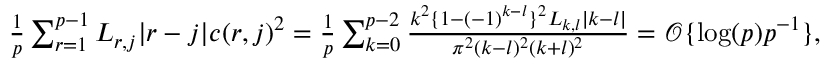
\begin{array} { r l } & { \frac { 1 } { p } \sum _ { r = 1 } ^ { p - 1 } L _ { r , j } | r - j | c ( r , j ) ^ { 2 } = \frac { 1 } { p } \sum _ { k = 0 } ^ { p - 2 } \frac { k ^ { 2 } \{ 1 { - } ( - 1 ) ^ { k - l } \} ^ { 2 } L _ { k , l } | k - l | } { \pi ^ { 2 } ( k - l ) ^ { 2 } ( k + l ) ^ { 2 } } = \mathcal { O } \{ \log ( p ) p ^ { - 1 } \} , } \end{array}